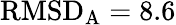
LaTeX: \mathrm{RMSD}_{\mathrm{A}}=8.6